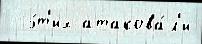
  э́т'их атакова́л'и